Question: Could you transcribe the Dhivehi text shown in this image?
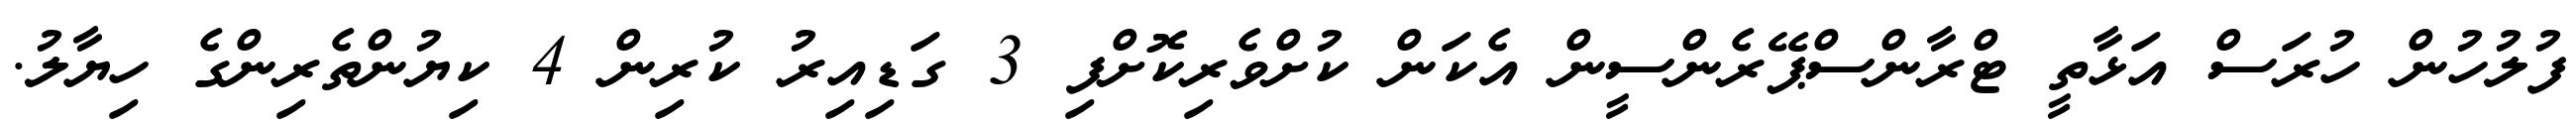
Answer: ފުލުހުން ހުރަސް އަޅާތީ ޓްރާންސްޕޭރެންސީން އެކަން ކުށްވެރިކޮށްފި 3 ގަޑިއިރު ކުރިން 4 ކިޔުންތެރިންގެ ހިޔާލު.